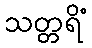
သတ္တရိံ